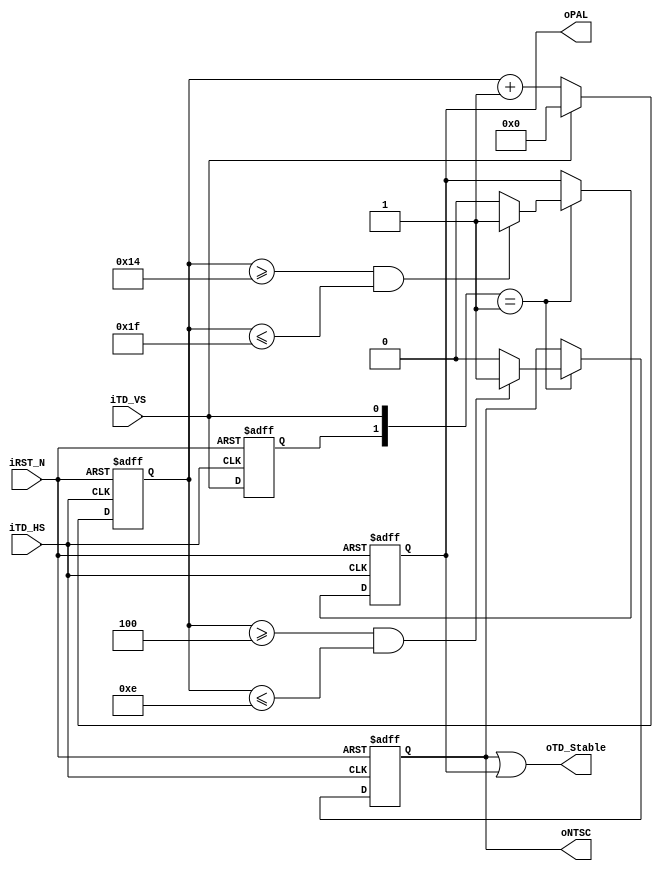
module TD_Detect(	
          oTD_Stable,
          oNTSC,
          oPAL,
					iTD_VS,
					iTD_HS,
					iRST_N	);
input		iTD_VS;
input		iTD_HS;
input		iRST_N;
output	oTD_Stable;
output  oNTSC;
output  oPAL;
reg			NTSC;
reg			PAL;
reg			Pre_VS;
reg	[7:0]	Stable_Cont;

assign	oTD_Stable	=	NTSC || PAL;
assign  oNTSC  = NTSC;
assign  oPAL   = PAL;

always@(posedge iTD_HS or negedge iRST_N)
	if(!iRST_N)
	begin
		Pre_VS		  <=	1'b0;
		Stable_Cont	<=	4'h0;
		NTSC	<=	1'b0;
		PAL  	<=	1'b0;
	end
	else
	begin
		Pre_VS	<=	iTD_VS;
		if(!iTD_VS)
		  Stable_Cont	<=	Stable_Cont+1'b1;
		else
		  Stable_Cont	<=	0;
		
		if({Pre_VS,iTD_VS}==2'b01)
		begin
			if((Stable_Cont>=4 && Stable_Cont<=14))
			  NTSC	<=	1'b1;
			else
			  NTSC	<=	1'b0;
			
			if((Stable_Cont>=8'h14 && Stable_Cont<=8'h1f))
			  PAL	<=	1'b1;
			else
			  PAL	<=	1'b0;
		end
	end

endmodule